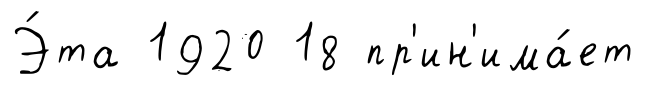
Э́та 1920 18 пр'ин'има́ет